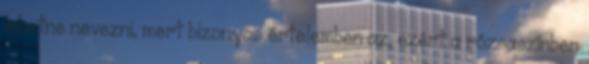
lehetne nevezni, mert bizonyos értelemben az, ezért a rózsaszínben